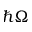
\hbar \Omega